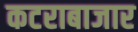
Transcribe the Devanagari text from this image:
कटराबाजार